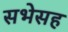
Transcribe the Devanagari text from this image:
सभेसह